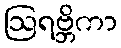
ဩရဗ္ဘိကာ